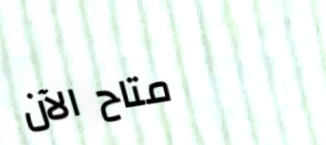
متاح الآن